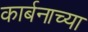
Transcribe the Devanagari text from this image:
कार्बनाच्या